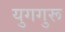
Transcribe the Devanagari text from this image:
युगगुरू